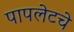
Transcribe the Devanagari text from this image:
पापलेटचे